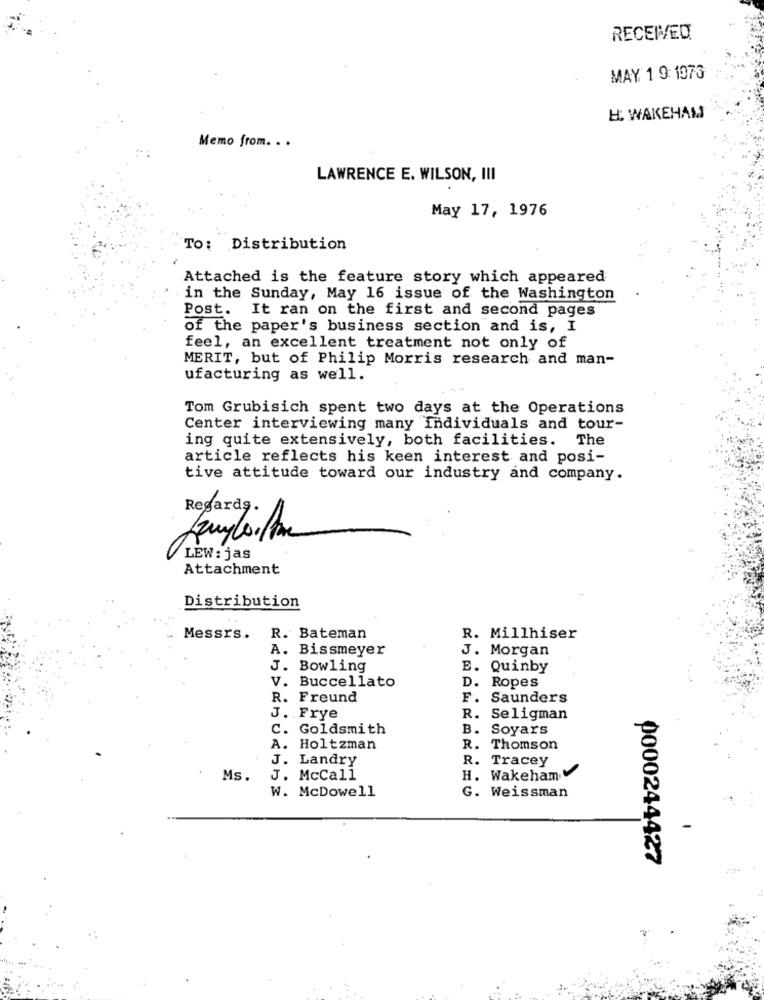
RECEIVED
MAY 1 9: 1973
H: WAKEHAM
Memo from. . .
LAWRENCE E. WILSON, III
May 17, 1976
To: Distribution
Attached is the feature story which appeared
in the Sunday, May 16 issue of the Washington
Post. It ran on the first and second pages
of the paper's business section and is, I
feel, an excellent treatment not only of
MERIT, but of Philip Morris research and man-
ufacturing as well.
Tom Grubisich spent two days at the Operations
Center interviewing many individuals and tour-
ing quite extensively, both facilities. The
article reflects his keen interest and posi-
tive attitude toward our industry and company.
Regards.
LEW: jas
Attachment
Distribution
Messrs ..
R. Bateman
R. Millhiser
A. Bissmeyer
J. Morgan
J.
Bowling
E.
Quinby
V. Buccellato
D.
Ropes
R. Freund
F.
Saunders
J. Frye
R. Seligman
C. Goldsmith
B.
Soyars
A. Holtzman
R. Thomson
J. Landry
R. Tracey
Ms.
J. McCall
H. Wakeham
W. McDowell
G. Weissman
0000244427